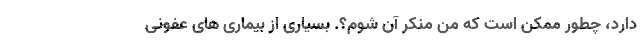
دارد، چطور ممکن است که من منکر آن شوم؟. بسیاری از بیماری های عفونی